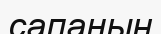
сапаның